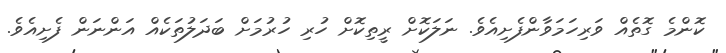
ކޮންމެ ގޮތެއް ވަރިހަމަވާންފެށިއެވެ. ނަލަކޮށް ރީތިކޮށް ހުރި ހުރުމަށް ބަދަލުތަކެއް އަންނަން ފެށިއެވެ.